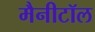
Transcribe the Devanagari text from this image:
मैनीटॉल